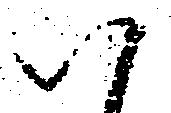
ハ